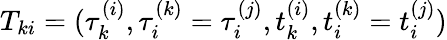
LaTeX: T_{ki}=(\tau_{k}^{(i)},\tau_{i}^{(k)}=\tau_{i}^{(j)},t_{k}^{(i)},t_{i}^{(k)}=t_{i}^{(j)})